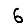
Digit: 6